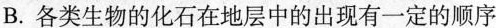
B.各类生物的化石在地层中的出现有一定的顺序